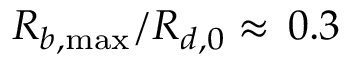
R _ { b , \operatorname* { m a x } } / R _ { d , 0 } \approx \, 0 . 3